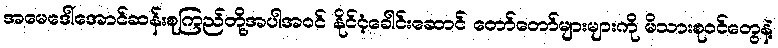
အမေဒေါ်အောင်ဆန်းစုကြည်တို့အပါအဝင် နိုင်ငံ့ခေါင်းဆောင် တော်တော်များများကို မိသားစုဝင်တွေနဲ့